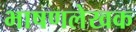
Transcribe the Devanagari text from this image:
भाषणलेखक